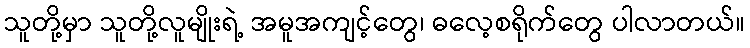
သူတို့မှာ သူတို့လူမျိုးရဲ့ အမူအကျင့်တွေ၊ ဓလေ့စရိုက်တွေ ပါလာတယ်။